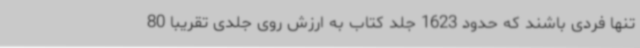
تنها فردی باشند که حدود 1623 جلد کتاب به ارزش روی جلدی تقریبا 80